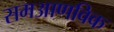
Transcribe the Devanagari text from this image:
समआणविक